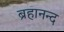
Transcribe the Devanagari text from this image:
ब्रहानन्द